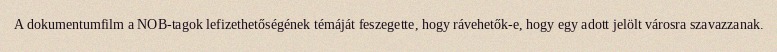
A dokumentumfilm a NOB-tagok lefizethetőségének témáját feszegette, hogy rávehetők-e, hogy egy adott jelölt városra szavazzanak.